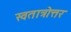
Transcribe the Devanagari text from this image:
स्वतात्रोत्तर